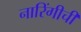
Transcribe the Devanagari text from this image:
नारिंगीची